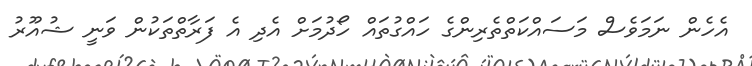
އެހެން ނަމަވެސް މަސައްކަތްތެރިންގެ ހައްގުތައް ހޯދުމަށް އެދި އެ ފަރާތްތަކުން ވަނީ ޝުއޫރު